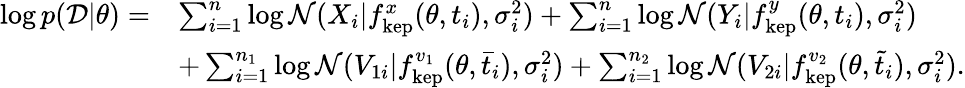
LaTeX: \begin{array}{rl}{\log p(\mathcal{D}|\theta)=}&{\sum_{i=1}^{n}\log\mathcal{N}(X_{i}|f_{\mathrm{kep}}^{x}(\theta,t_{i}),\sigma_{i}^{2})+\sum_{i=1}^{n}\log\mathcal{N}(Y_{i}|f_{\mathrm{kep}}^{y}(\theta,t_{i}),\sigma_{i}^{2})}\\ &{+\sum_{i=1}^{n_{1}}\log\mathcal{N}(V_{1i}|f_{\mathrm{kep}}^{v_{1}}(\theta,\bar{t}_{i}),\sigma_{i}^{2})+\sum_{i=1}^{n_{2}}\log\mathcal{N}(V_{2i}|f_{\mathrm{kep}}^{v_{2}}(\theta,\tilde{t}_{i}),\sigma_{i}^{2}).}\end{array}